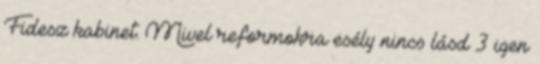
Fidesz kabinet. Mivel reformokra esély nincs lásd 3 igen